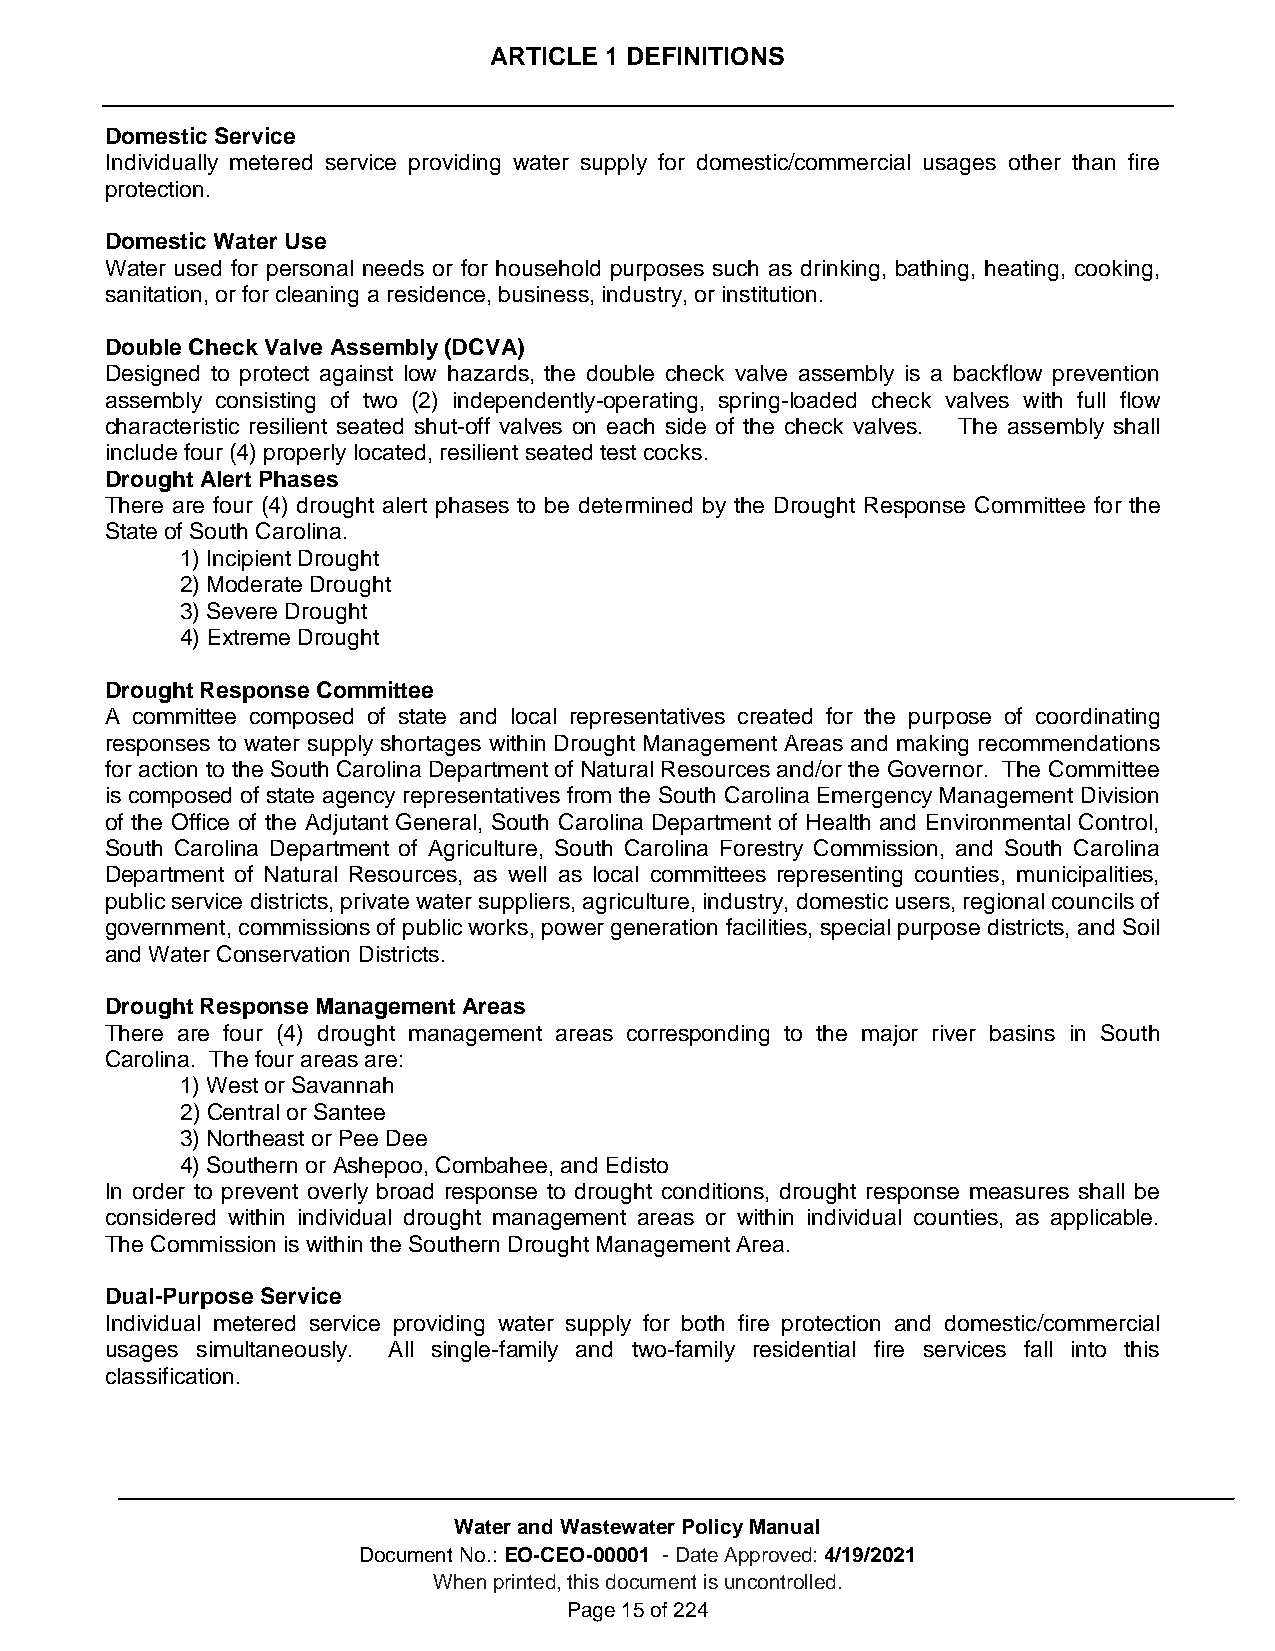
ARTICLE 1 DEFINITIONS
 Domestic Service
 Individually metered service providing water supply for domestic/commercial usages other than fire
 protection.
 Domestic Water Use
 Water used for personal needs or for household purposes such as drinking, bathing, heating, cooking,
 sanitation, or for cleaning a residence, business, industry, or institution.
 Double Check Valve Assembly (DCVA)
 Designed to protect against low hazards, the double check valve assembly is a backflow prevention
 assembly consisting of two (2) independently-operating, spring-loaded check valves with full flow
 characteristic resilient seated shut-off valves on each side of the check valves. The assembly shall
 include four (4) properly located, resilient seated test cocks.
 Drought Alert Phases
 There are four (4) drought alert phases to be determined by the Drought Response Committee for the
 State of South Carolina.
 1) Incipient Drought
 2) Moderate Drought
 3) Severe Drought
 4) Extreme Drought
 Drought Response Committee
 A committee composed of state and local representatives created for the purpose of coordinating
 responses to water supply shortages within Drought Management Areas and making recommendations
 for action to the South Carolina Department of Natural Resources and/or the Governor. The Committee
 is composed of state agency representatives from the South Carolina Emergency Management Division
 of the Office of the Adjutant General, South Carolina Department of Health and Environmental Control,
 South Carolina Department of Agriculture, South Carolina Forestry Commission, and South Carolina
 Department of Natural Resources, as well as local committees representing counties, municipalities,
 public service districts, private water suppliers, agriculture, industry, domestic users, regional councils of
 government, commissions of public works, power generation facilities, special purpose districts, and Soil
 and Water Conservation Districts.
 Drought Response Management Areas
 There are four (4) drought management areas corresponding to the major river basins in South
 Carolina. The four areas are:
 1) West or Savannah
 2) Central or Santee
 3) Northeast or Pee Dee
 4) Southern or Ashepoo, Combahee, and Edisto
 In order to prevent overly broad response to drought conditions, drought response measures shall be
 considered within individual drought management areas or within individual counties, as applicable.
 The Commission is within the Southern Drought Management Area.
 Dual-Purpose Service
 Individual metered service providing water supply for both fire protection and domestic/commercial
 usages simultaneously. All single-family and two-family residential fire services fall into this
 classification.
 Water and Wastewater Policy Manual
 Document No.: EO-CEO-00001 - Date Approved: 4/19/2021
 When printed, this document is uncontrolled.
 Page 15 of 224